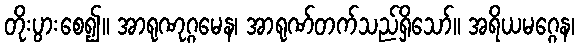
တိုးပွားစေ၍။ အာရုဏုဂ္ဂမေန၊ အာရုဏ်တက်သည်ရှိသော်။ အရိယမဂ္ဂေန၊